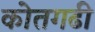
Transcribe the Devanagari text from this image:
कोतगढी